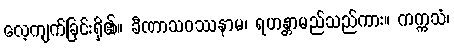
လေ့ကျက်ခြင်းရှိ၏။ ခီဏာသဝဿနာမ၊ ရဟန္တာမည်သည်ကား။ ကက္ကသံ၊